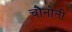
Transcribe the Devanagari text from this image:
चौनोती